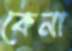
কেনা